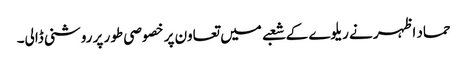
حماد اظہر نے ریلوے کے شعبے میں تعاون پر خصوصی طور پر روشنی ڈالی۔